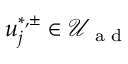
u _ { j } ^ { \ast , \pm } \in \mathcal { U } _ { \textrm { a d } }